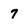
Character: 7